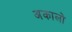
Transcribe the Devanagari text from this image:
अकालो